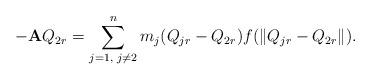
LaTeX: \begin{align*} -\mathbf{A}Q_{2r}=\sum\limits_{j=1,\textrm{ }j\neq 2}^{n}m_{j}(Q_{jr}-Q_{2r})f(\|Q_{jr}-Q_{2r}\|). \end{align*}